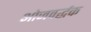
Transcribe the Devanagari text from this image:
ओजवर्द्धक